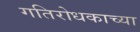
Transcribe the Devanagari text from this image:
गतिरोधकाच्या